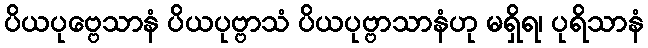
ပိယပုဗ္ဗေသာနံ ပိယပုဗ္ဗာသံ ပိယပုဗ္ဗာသာနံဟု မရှိရ၊ ပုရိသာနံ